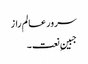
سرور عالم راز
جبینِ نعت ۔